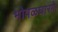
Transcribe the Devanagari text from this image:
भोपळघारगे